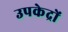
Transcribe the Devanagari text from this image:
उपकेद्रों